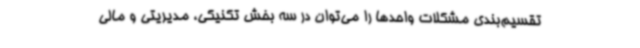
تقسیم‌بندی مشکلات واحدها را می‌توان در سه بخش تکنیکی، مدیریتی و مالی